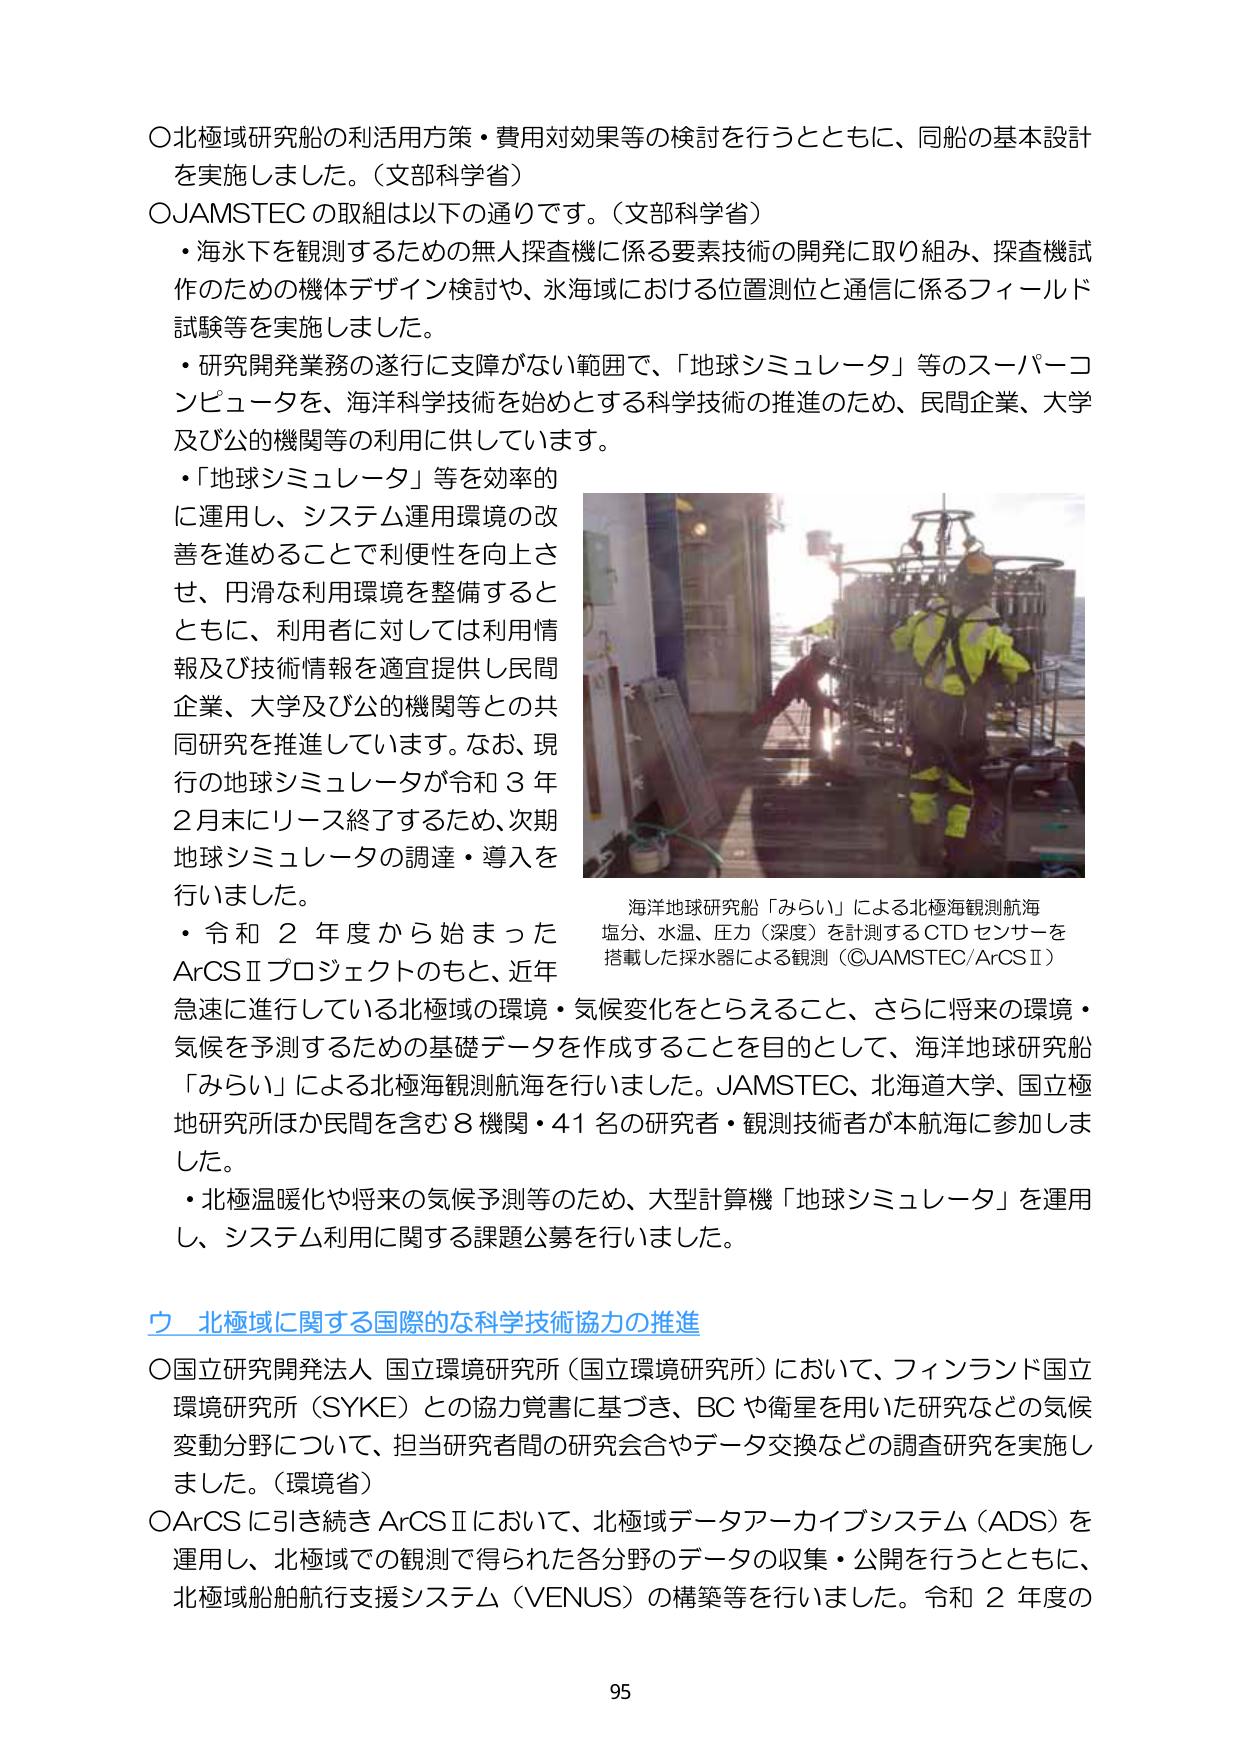
〇北極域研究船の利活用方策・費用対効果等の検討を行うとともに、同船の基本設計を実施しました。（文部科学省）
〇JAMSTECの取組は以下の通りです。（文部科学省）
・海水下を観測するための無人探査機に係る要素技術の開発に取り組み、探査機試作のための機体デザイン検討や、水海域における位置測位と通信に係るフィールド試験等を実施しました。
・研究開発業務の遂行に支障がない範囲で、「地球シミュレータ」等のスーパーコンピュータを、海洋科学技術を始めとする科学技術の推進のため、民間企業、大学及び公的機関等の利用に供しています。
・「地球シミュレータ」等を効率的に運用し、システム運用環境の改善を進めることで利便性を向上させ、円滑な利用環境を整備するとともに、利用者に対しては利用情報及び技術情報を適宜提供し民間企業、大学及び公的機関等との共同研究を推進しています。なお、現行の地球シミュレータが令和３年２月末にリース終了するため、次期地球シミュレータの調達・導入を行いました。
・令和２年度から始まったArCSⅡプロジェクトのもと、近年急速に進行している北極域の環境・気候変化をとらえること、さらに将来の環境・気候を予測するための基礎データを作成することを目的として、海洋地球研究船「みらい」による北極海観測航海を行いました。JAMSTEC、北海道大学、国立極地研究所ほか民間を含む８機関・４１名の研究者・観測技術者が本航海に参加しました。
・北極温暖化や将来の気候予測等のため、大型計算機「地球シミュレータ」を運用し、システム利用に関する課題公募を行いました。

海洋地球研究船「みらい」による北極海観測航海
塩分、水温、圧力（深度）を計測するCTDセンサーを搭載した採水器による観測（©JAMSTEC/ArCSⅡ）

ウ 北極域に関する国際的な科学技術協力の推進
〇国立研究開発法人 国立環境研究所（国立環境研究所）において、フィンランド国立環境研究所（SYKE）との協力覚書に基づき、BCや衛星を用いた研究などの気候変動分野について、担当研究者間の研究会合やデータ交換などの調査研究を実施しました。（環境省）
〇ArCSに引き続きArCSⅡにおいて、北極域データアーカイブシステム（ADS）を運用し、北極域での観測で得られた各分野のデータの収集・公開を行うとともに、北極域船舶航行支援システム（VENUS）の構築等を行いました。令和２年度の

95